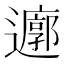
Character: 𮟜